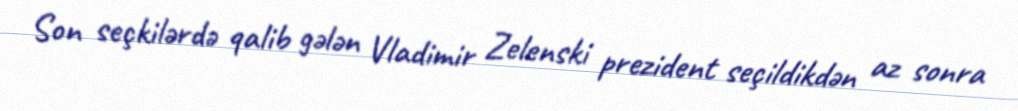
Son seçkilərdə qalib gələn Vladimir Zelenski prezident seçildikdən az sonra